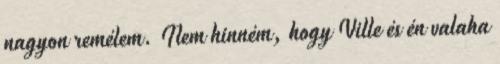
nagyon remélem. Nem hinném, hogy Ville és én valaha